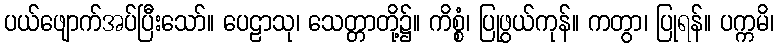
ပယ်ဖျောက်အပ်ပြီးသော်။ ပေဠာသု၊ သေတ္တာတို့၌။ ကိစ္စံ၊ ပြုဖွယ်ကုန်။ ကတွာ၊ ပြုရန်။ ပက္ကမိ၊